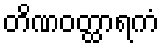
တိဏဝတ္ထာရကံ